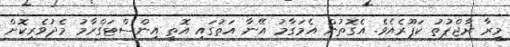
މީރާ ރާޖްޕުތު ކަޕޫރެއެވެ. އެގޮތުން އެމަގާމު އޭނާ އަތުގައި އޮތީ އިންސްޓަގްރާމު މެދުވެރިކޮށް